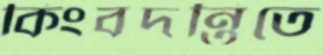
কিংবদন্তিতে